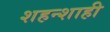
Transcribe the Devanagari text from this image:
शहन्शाही